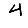
Digit: 4